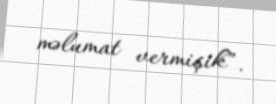
məlumat vermişik”.